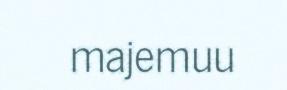
majemuu